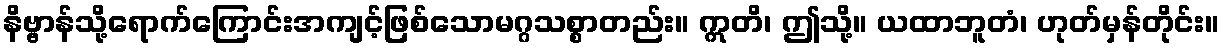
နိဗ္ဗာန်သို့ရောက်ကြောင်းအကျင့်ဖြစ်သောမဂ္ဂသစ္စာတည်း။ ဣတိ၊ ဤသို့။ ယထာဘူတံ၊ ဟုတ်မှန်တိုင်း။